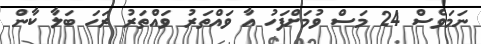
ނަމަވެސް 24 މަސް ވުމަށްފަހު އާ ވައްތަރު ވައްތަރު ރަހަ ބަލާ ކާން